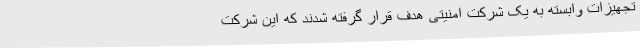
تجهیزات وابسته به یک شرکت امنیتی هدف قرار گرفته شدند که این شرکت